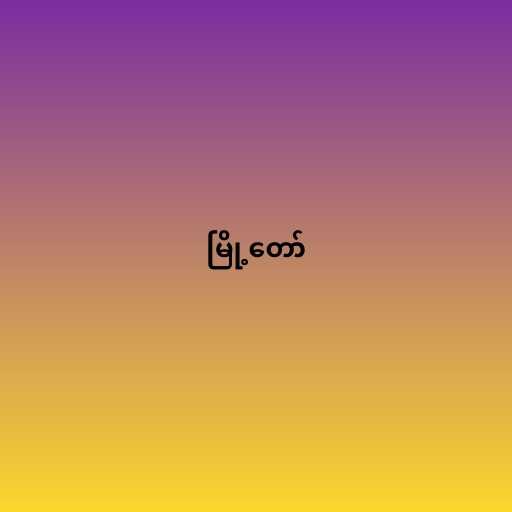
မြို့တော်